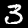
Label: 3